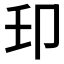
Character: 𫧺